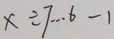
x \div 7 \cdots 6 - 1